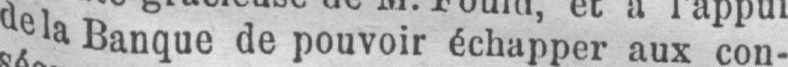
de laBanque de pouvoir échapper aux con-